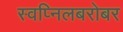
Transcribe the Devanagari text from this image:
स्वप्निलबरोबर